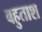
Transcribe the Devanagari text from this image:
बहुताश